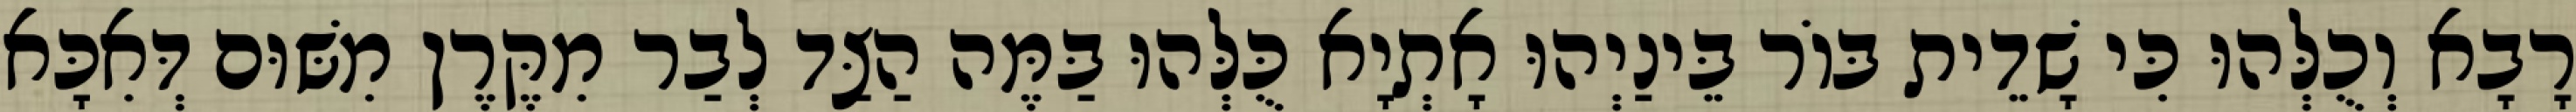
רָבָא וְכֻלְּהוּ כִּי שָׁדֵית בּוֹר בֵּינַיְהוּ אָתְיָא כֻּלְּהוּ בַּמֶּה הַצַּד לְבַר מִקֶּרֶן מִשּׁוּם דְּאִכָּא